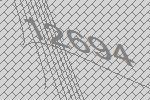
12694